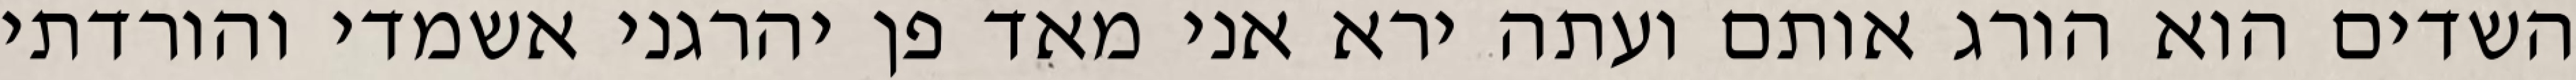
השדים הוא הורג אותם ועתה ירא אני מאד פן יהרגני אשמדי והורדתי